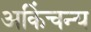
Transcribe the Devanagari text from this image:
अकिंचन्य